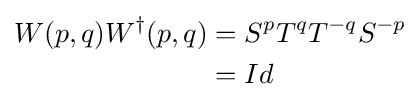
{\begin{aligned}W(p,q)W^{\dagger }(p,q)&=S^{p}T^{q}T^{-q}S^{-p}\\&=Id\end{aligned}}